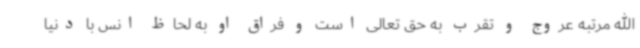
الله مرتبه عروج و تقرب به حق تعالی است و فراق او به لحاظ انس با دنیا